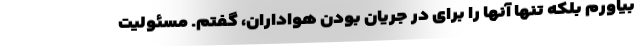
بیاورم بلکه تنها آنها را برای در جریان بودن هواداران، گفتم. مسئولیت